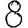
Digit: 8